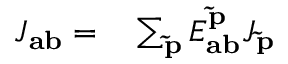
\begin{array} { r l } { J _ { \mathbf { a b } } = } & { { } \sum _ { \mathbf { \tilde { p } } } E _ { \mathbf { a b } } ^ { \mathbf { \tilde { p } } } J _ { \mathbf { \tilde { p } } } } \end{array}